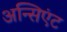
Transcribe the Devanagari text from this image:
अन्सिएंट